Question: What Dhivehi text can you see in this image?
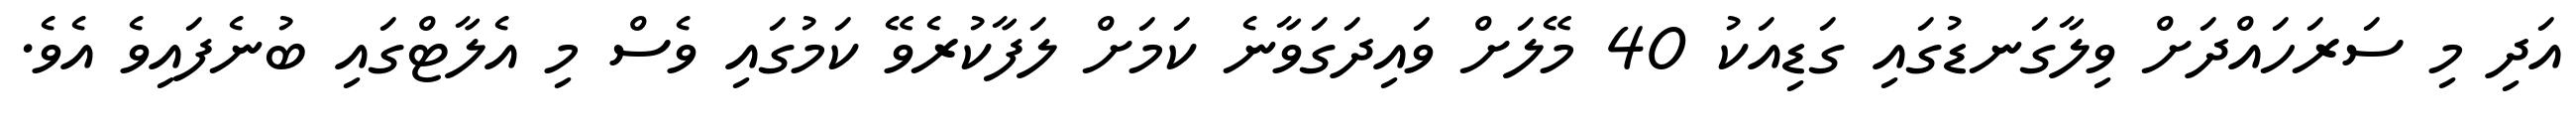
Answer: އަދި މި ސަރަހައްދަށް ވިލާގަނޑުގައި ގަޑިއަކު 40 މޭލަށް ވައިދަގަވާނެ ކަމަށް ލަފާކުރެވޭ ކަމުގައި ވެސް މި އެލާޓްގައި ބުނެފައިވެ އެވެ.